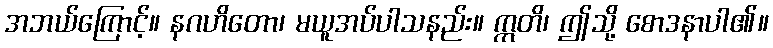
အဘယ်ကြောင့်။ နဂဟိတော၊ မယူအပ်ပါသနည်း။ ဣတိ၊ ဤသို့ စောဒနာပါ၏။